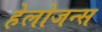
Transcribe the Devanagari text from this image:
हेलोजन्स